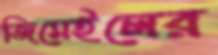
জিমেইলের